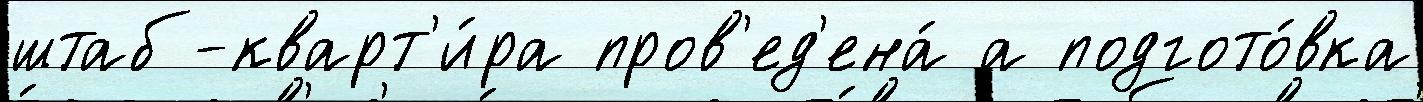
штаб-кварт'и́ра пров'ед'ена́ а подгото́вка